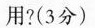
用?(3分)